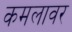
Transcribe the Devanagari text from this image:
कमलावर